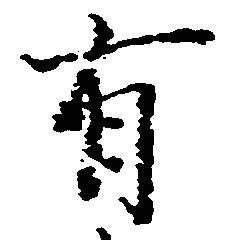
有